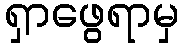
ရှာဖွေရာမှ